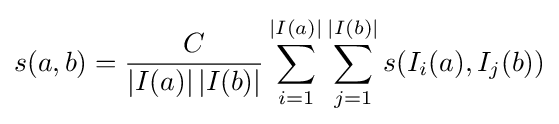
s(a,b)={\frac {C}{\left|I(a)\right|\left|I(b)\right|}}\sum _{i=1}^{\left|I(a)\right|}\sum _{j=1}^{\left|I(b)\right|}s(I_{i}(a),I_{j}(b))